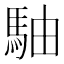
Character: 駎